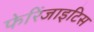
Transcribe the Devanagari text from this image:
फेरिंजाइटिस